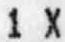
1 X